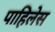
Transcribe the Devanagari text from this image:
पाहिलेस